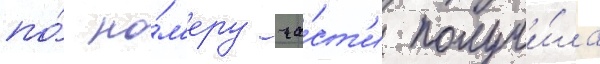
по́ но́м'еру ча́ст'и получи́ла